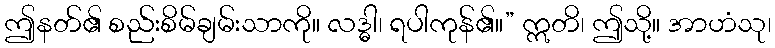
ဤနတ်၏ စည်းစိမ်ချမ်းသာကို။ လဒ္ဓါ၊ ရပါကုန်၏။” ဣတိ၊ ဤသို့။ အာဟံသု၊